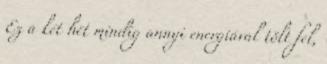
Ez a két hét mindig annyi energiával tölt fel,